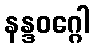
နန္ဒဝဂ္ဂေါ